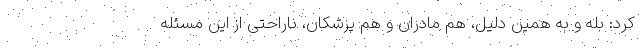
کرد: بله و به همین دلیل، هم مادران و هم پزشکان، ناراحتی از این مسئله